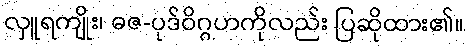
လှူရကျိုး၊ ဓဇ-ပုဒ်ဝိဂ္ဂဟကိုလည်း ပြဆိုထား၏။